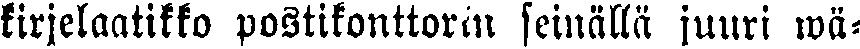
kirjelaatikko postikonttorin seinällä juuri wä-